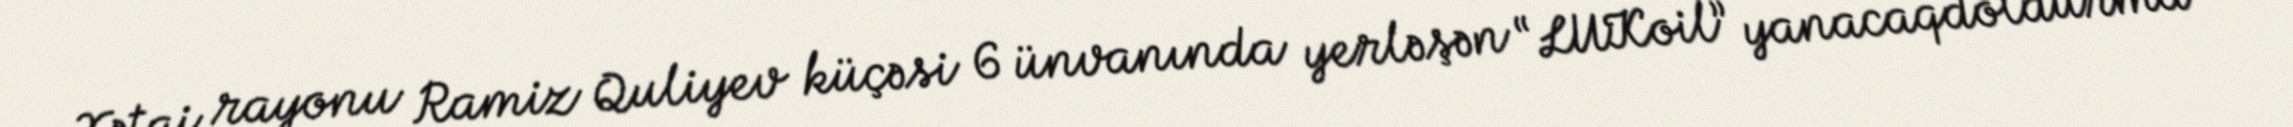
Xətai rayonu Ramiz Quliyev küçəsi 6 ünvanında yerləşən “LUKoil” yanacaqdoldurma